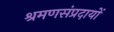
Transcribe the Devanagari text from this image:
श्रमणसंप्रदायों